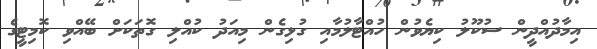
އިމާދުއްދީން ސުކޫލު ކިޔެވުން ހުއްޓާލުމާއި ގުޅިގެން މިއަދު ކުއްލި ގޮތަކަށް ބޭއްވި ކޮމިޓީގެ